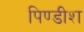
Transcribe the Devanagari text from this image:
पिण्डीश